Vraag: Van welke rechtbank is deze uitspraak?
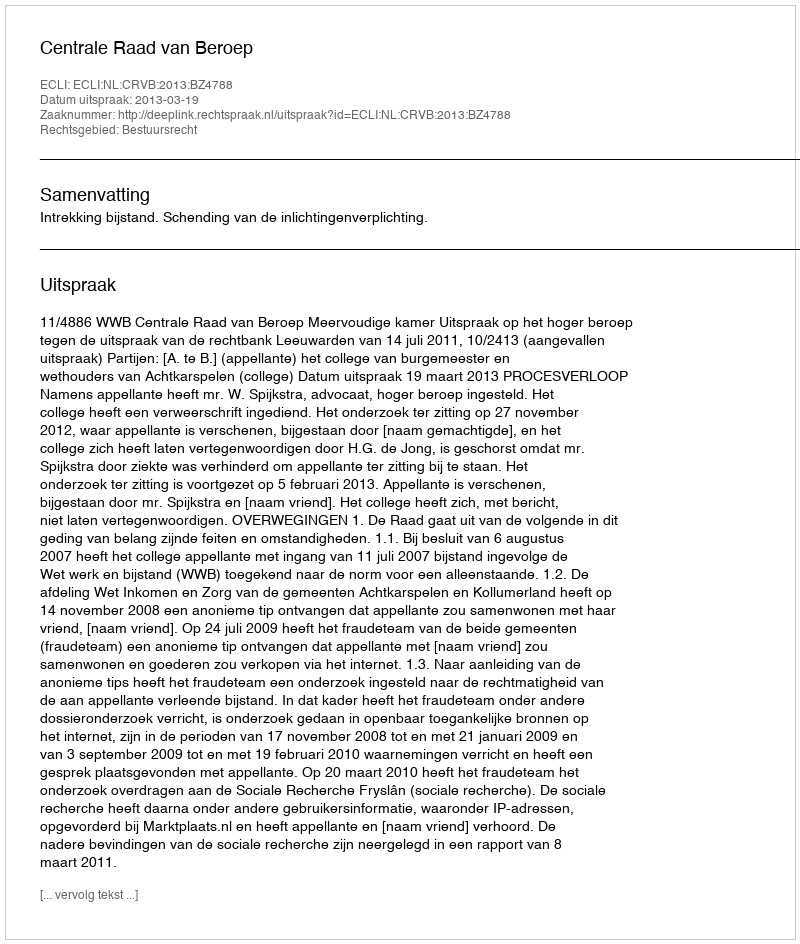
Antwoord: Centrale Raad van Beroep